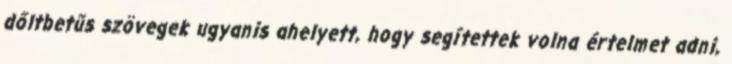
dőltbetűs szövegek ugyanis ahelyett, hogy segítettek volna értelmet adni,